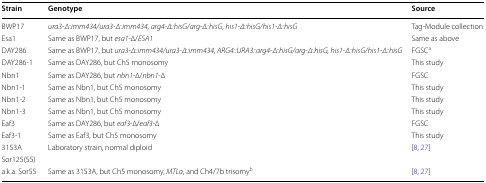
<table><thead><tr><td><b>Strain</b></td><td><b>Genotype</b></td><td><b>Source</b></td></tr></thead><tbody><tr><td>BWP17</td><td><i>ura3</i>-<i>∆::imm434/ura3</i>-<i>∆::imm434</i>, <i>arg4</i>-<i>∆::hisG/arg</i>-<i>∆::hisG</i>, <i>his1</i>-<i>∆::hisG/his1</i>-<i>∆::hisG</i></td><td>Tag-Module collection</td></tr><tr><td>Esa1</td><td>Same as BWP17, but <i>esa1</i>-∆/<i>ESA1</i></td><td>Same as above</td></tr><tr><td>DAY286</td><td>Same as BWP17, but <i>ura3</i>-<i>∆::imm434/ura3</i>-<i>∆::imm434, ARG4::URA3::arg4</i>-<i>∆::hisG/arg</i>-<i>∆::hisG, his1</i>-<i>∆::hisG/his1</i>-<i>∆::hisG</i></td><td>FGSC<sup>a</sup></td></tr><tr><td>DAY286-1</td><td>Same as DAY286, but Ch5 monosomy</td><td>This study</td></tr><tr><td>Nbn1</td><td>Same as DAY286, but <i>nbn1</i>-∆/<i>nbn1</i>-∆</td><td>FGSC</td></tr><tr><td>Nbn1-1</td><td>Same as Nbn1, but Ch5 monosomy</td><td>This study</td></tr><tr><td>Nbn1-2</td><td>Same as Nbn1, but Ch5 monosomy</td><td>This study</td></tr><tr><td>Nbn1-3</td><td>Same as Nbn1, but Ch5 monosomy</td><td>This study</td></tr><tr><td>Eaf3</td><td>Same as DAY286, but <i>eaf3</i>-∆/<i>eaf3</i>-∆</td><td>FGSC</td></tr><tr><td>Eaf3-1</td><td>Same as Eaf3, but Ch5 monosomy</td><td>This study</td></tr><tr><td>3153A</td><td>Laboratory strain, normal diploid</td><td>[8, 27]</td></tr><tr><td>Sor125(55)</td><td></td><td></td></tr><tr><td>a.k.a. Sor55</td><td>Same as 3153A, but Ch5 monosomy, <i>MTLα</i>, and Ch4/7b trisomy<sup>b</sup></td><td>[8, 27]</td></tr></tbody></table>